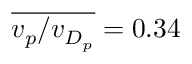
\overline { { v _ { p } / v _ { D _ { p } } } } = 0 . 3 4